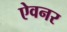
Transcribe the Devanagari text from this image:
ऐवनर